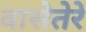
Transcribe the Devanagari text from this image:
बासेतेरे